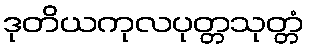
ဒုတိယကုလပုတ္တသုတ္တံ